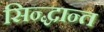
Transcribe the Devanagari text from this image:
सिन्द्धान्त